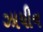
ઝાયીન